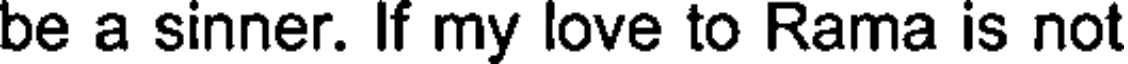
be a sinner. If my love to Rama is not